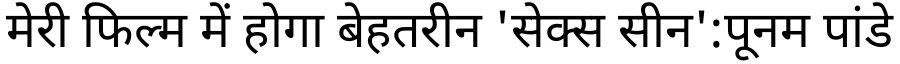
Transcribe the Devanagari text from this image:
मेरी फिल्म में होगा बेहतरीन 'सेक्स सीन':पूनम पांडे